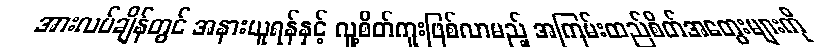
အားလပ်ချိန်တွင် အနားယူရန်နှင့် လူ့စိတ်ကူးဖြစ်လာမည့် အကြမ်းထည်စိတ်အတွေးများကို